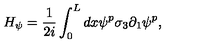
H _ { \psi } = \frac { 1 } { 2 i } \int _ { 0 } ^ { L } d x \psi ^ { p } \sigma _ { 3 } \partial _ { 1 } \psi ^ { p } ,